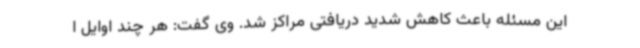
این مسئله باعث کاهش شدید دریافتی مراکز شد. وی گفت: هر چند اوایل ا